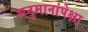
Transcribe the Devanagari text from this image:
अनुमानांपेक्षा